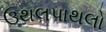
ઉથલપાથલો